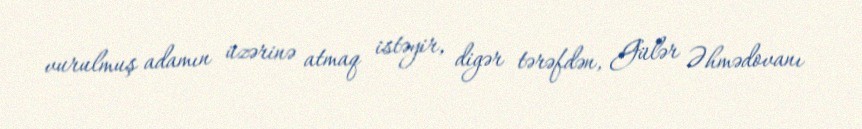
vurulmuş adamın üzərinə atmaq istəyir, digər tərəfdən, Gülər Əhmədovanı